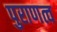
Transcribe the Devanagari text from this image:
पुराणत्व